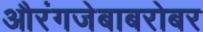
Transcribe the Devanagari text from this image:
औरंगजेबाबरोबर